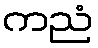
ကညံ